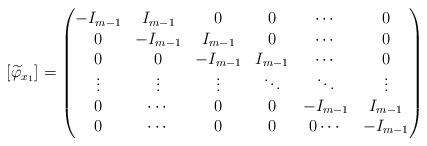
LaTeX: \begin{align*} [\widetilde{\varphi}_{x_1}]= \begin{pmatrix} -I_{m-1} & I_{m-1} & 0 & 0 & \cdots & 0 \\ 0 & -I_{m-1} & I_{m-1} & 0 & \cdots & 0 \\ 0& 0 & -I_{m-1} & I_{m-1} & \cdots & 0 \\ \vdots & \vdots & \vdots & \ddots &\ddots & \vdots \\ 0 & \cdots & 0 & 0 & -I_{m-1} & I_{m-1} \\ 0 & \cdots & 0 & 0 & 0\cdots & -I_{m-1} \end{pmatrix} \end{align*}